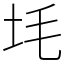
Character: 㘪